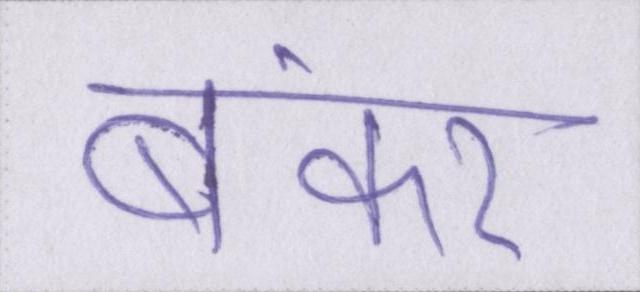
बंकर